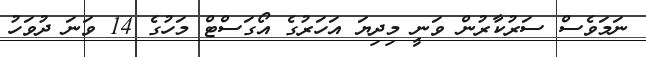
ނަމަވެސް ސަރުކާރުން ވަނީ މިދިޔަ އަހަރުގެ އޯގަސްޓް މަހުގެ 14 ވަަނަ ދުވަހު